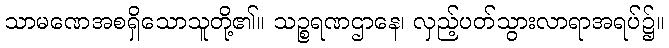
သာမဏေအစရှိသောသူတို့၏။ သဉ္စရဏဌာနေ၊ လှည့်ပတ်သွားလာရာအရပ်၌။